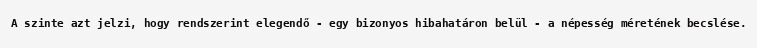
A szinte azt jelzi, hogy rendszerint elegendő - egy bizonyos hibahatáron belül - a népesség méretének becslése.